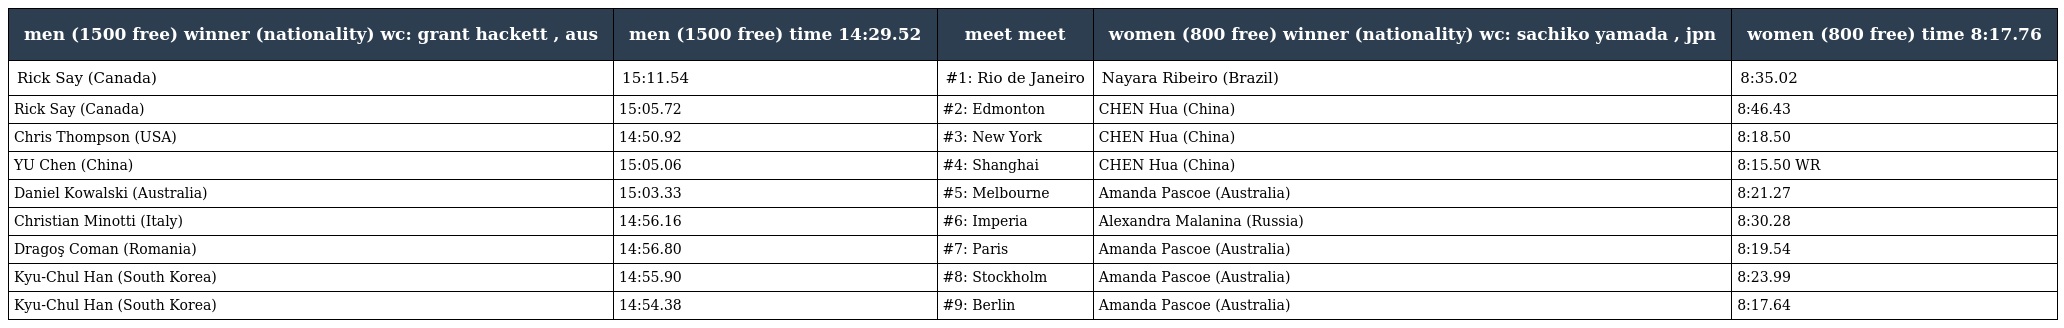
| men (1500 free) winner (nationality) wc: grant hackett , aus | men (1500 free) time 14:29.52 | meet meet | women (800 free) winner (nationality) wc: sachiko yamada , jpn | women (800 free) time 8:17.76 |
 | --- | --- | --- | --- | --- |
 | Rick Say (Canada) | 15:11.54 | #1: Rio de Janeiro | Nayara Ribeiro (Brazil) | 8:35.02 |
 | Rick Say (Canada) | 15:05.72 | #2: Edmonton | CHEN Hua (China) | 8:46.43 |
 | Chris Thompson (USA) | 14:50.92 | #3: New York | CHEN Hua (China) | 8:18.50 |
 | YU Chen (China) | 15:05.06 | #4: Shanghai | CHEN Hua (China) | 8:15.50 WR |
 | Daniel Kowalski (Australia) | 15:03.33 | #5: Melbourne | Amanda Pascoe (Australia) | 8:21.27 |
 | Christian Minotti (Italy) | 14:56.16 | #6: Imperia | Alexandra Malanina (Russia) | 8:30.28 |
 | Dragoş Coman (Romania) | 14:56.80 | #7: Paris | Amanda Pascoe (Australia) | 8:19.54 |
 | Kyu-Chul Han (South Korea) | 14:55.90 | #8: Stockholm | Amanda Pascoe (Australia) | 8:23.99 |
 | Kyu-Chul Han (South Korea) | 14:54.38 | #9: Berlin | Amanda Pascoe (Australia) | 8:17.64 |